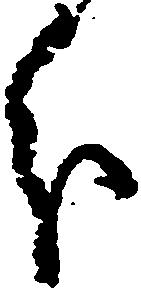
分